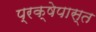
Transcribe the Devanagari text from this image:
प्रक्षेपास्त